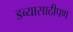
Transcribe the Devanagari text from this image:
डब्यासाठीपण